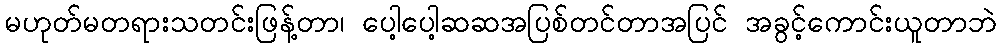
မဟုတ်မတရားသတင်းဖြန့်တာ၊ ပေါ့ပေါ့ဆဆအပြစ်တင်တာအပြင် အခွင့်ကောင်းယူတာဘဲ